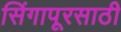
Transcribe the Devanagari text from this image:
सिंगापूरसाठी